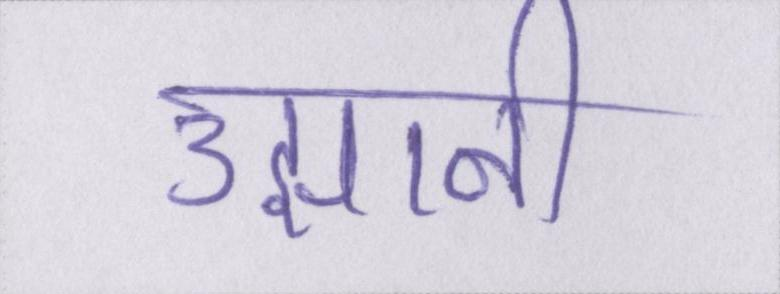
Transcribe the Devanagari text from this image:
उझानी